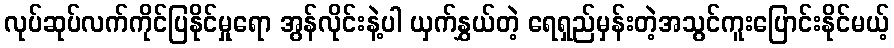
လုပ်ဆုပ်လက်ကိုင်ပြနိုင်မှုရော အွန်လိုင်းနဲ့ပါ ယှက်နွှယ်တဲ့ ရေရှည်မှန်းတဲ့အသွင်ကူးပြောင်းနိုင်မယ့်